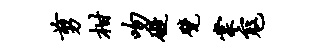
剪柑吻碍甓棠寇